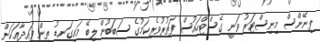
ފިނޭންސް މިނިސްޓަރު ވަނީ ގެސްޓްހައުސް ފަތުރުވެރިކަމުގެ ސަބަބުން ލިބޭ މައިގަނޑު ތިން ފައިދާއަކަށް